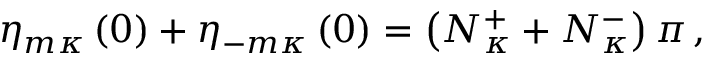
\eta _ { m \kappa } \left( 0 \right) + \eta _ { - m \kappa } \left( 0 \right) = \left( N _ { \kappa } ^ { + } + N _ { \kappa } ^ { - } \right) \pi \, ,